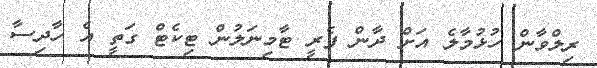
ރިލްވާން ހުޅުމާލެ އަށް ދާން ފެރީ ޓާމިނަލުން ޓިކެޓް ގަތީ އެ ހާދިސާ